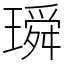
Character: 𤩥